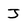
Character: J